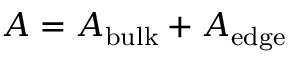
{ \cal A } = { \cal A } _ { \mathrm { b u l k } } + { \cal A } _ { \mathrm { e d g e } }